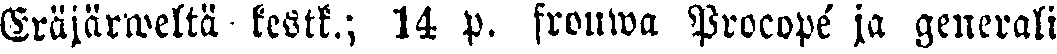
Eräjärweltä kesk.; 14 P. frouwa Procopé ja generali